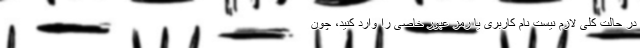
در حالت کلی لازم نیست نام کاربری یا رمز عبور خاصی را وارد کنید، چون